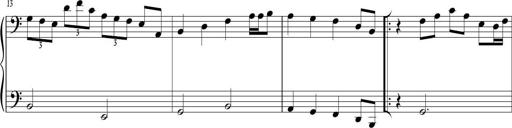
Title: Sonatina in C major
Composer: Or Vaitzman
Key: C major